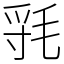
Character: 㲕